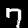
Label: 7